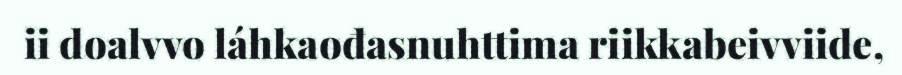
ii doalvvo láhkaođasnuhttima riikkabeivviide,